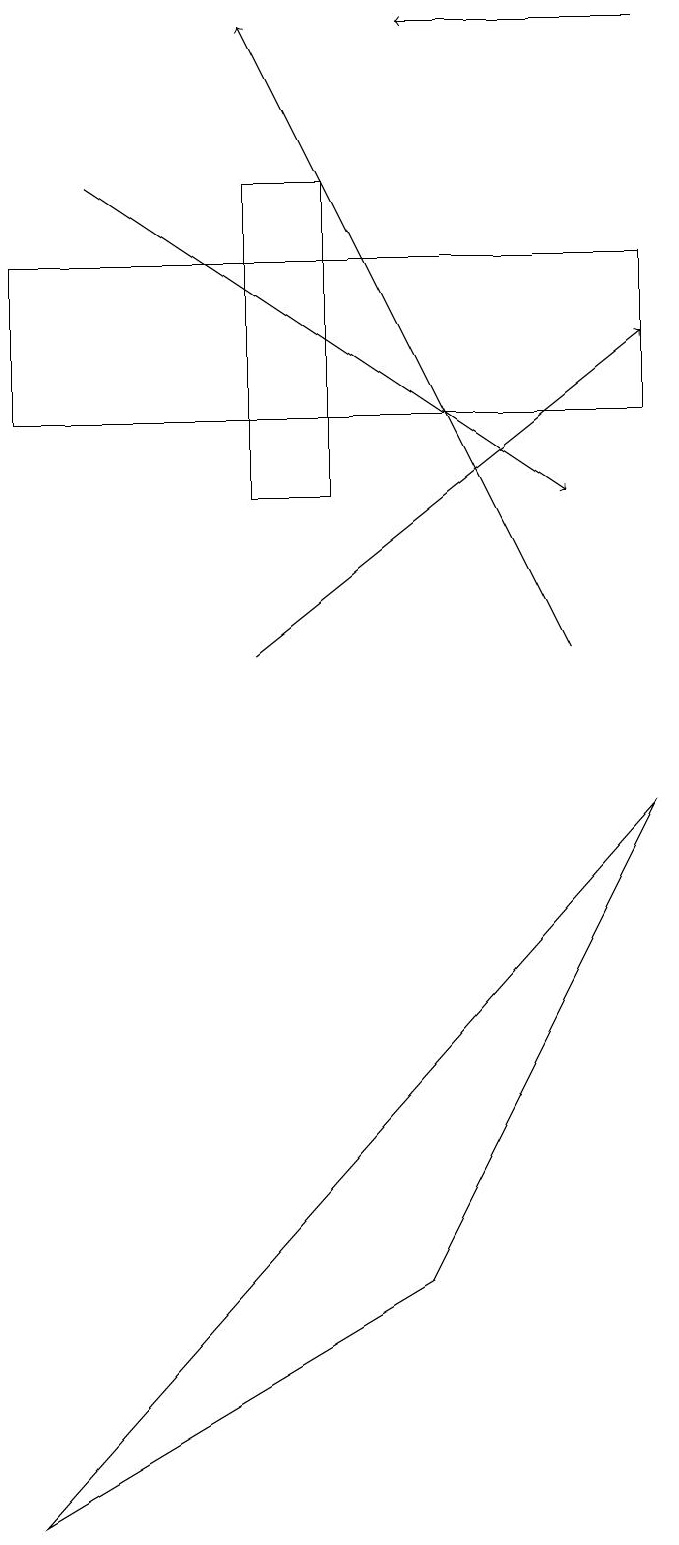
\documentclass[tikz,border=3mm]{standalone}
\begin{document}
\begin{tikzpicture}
\draw (0,16) rectangle (8,14);
\draw[->] (8,19) -- (5,19);
\draw[->] (3,11) -- (8,15);
\draw[->] (1,17) -- (7,13);
\draw (0,0) -- (5,3) -- (8,9) -- cycle;
\draw[->] (7,11) -- (3,19);
\draw (4,13) rectangle (3,17);
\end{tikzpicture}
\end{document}